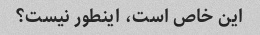
این خاص است، اینطور نیست؟